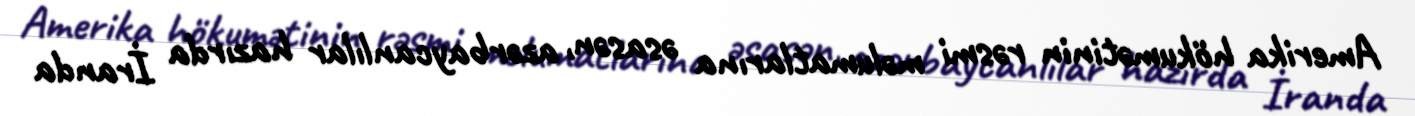
Amerika hökumətinin rəsmi məlumatlarına əsasən, azərbaycanlılar hazırda İranda